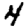
Digit: 4